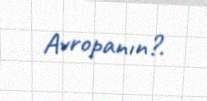
Avropanın?.